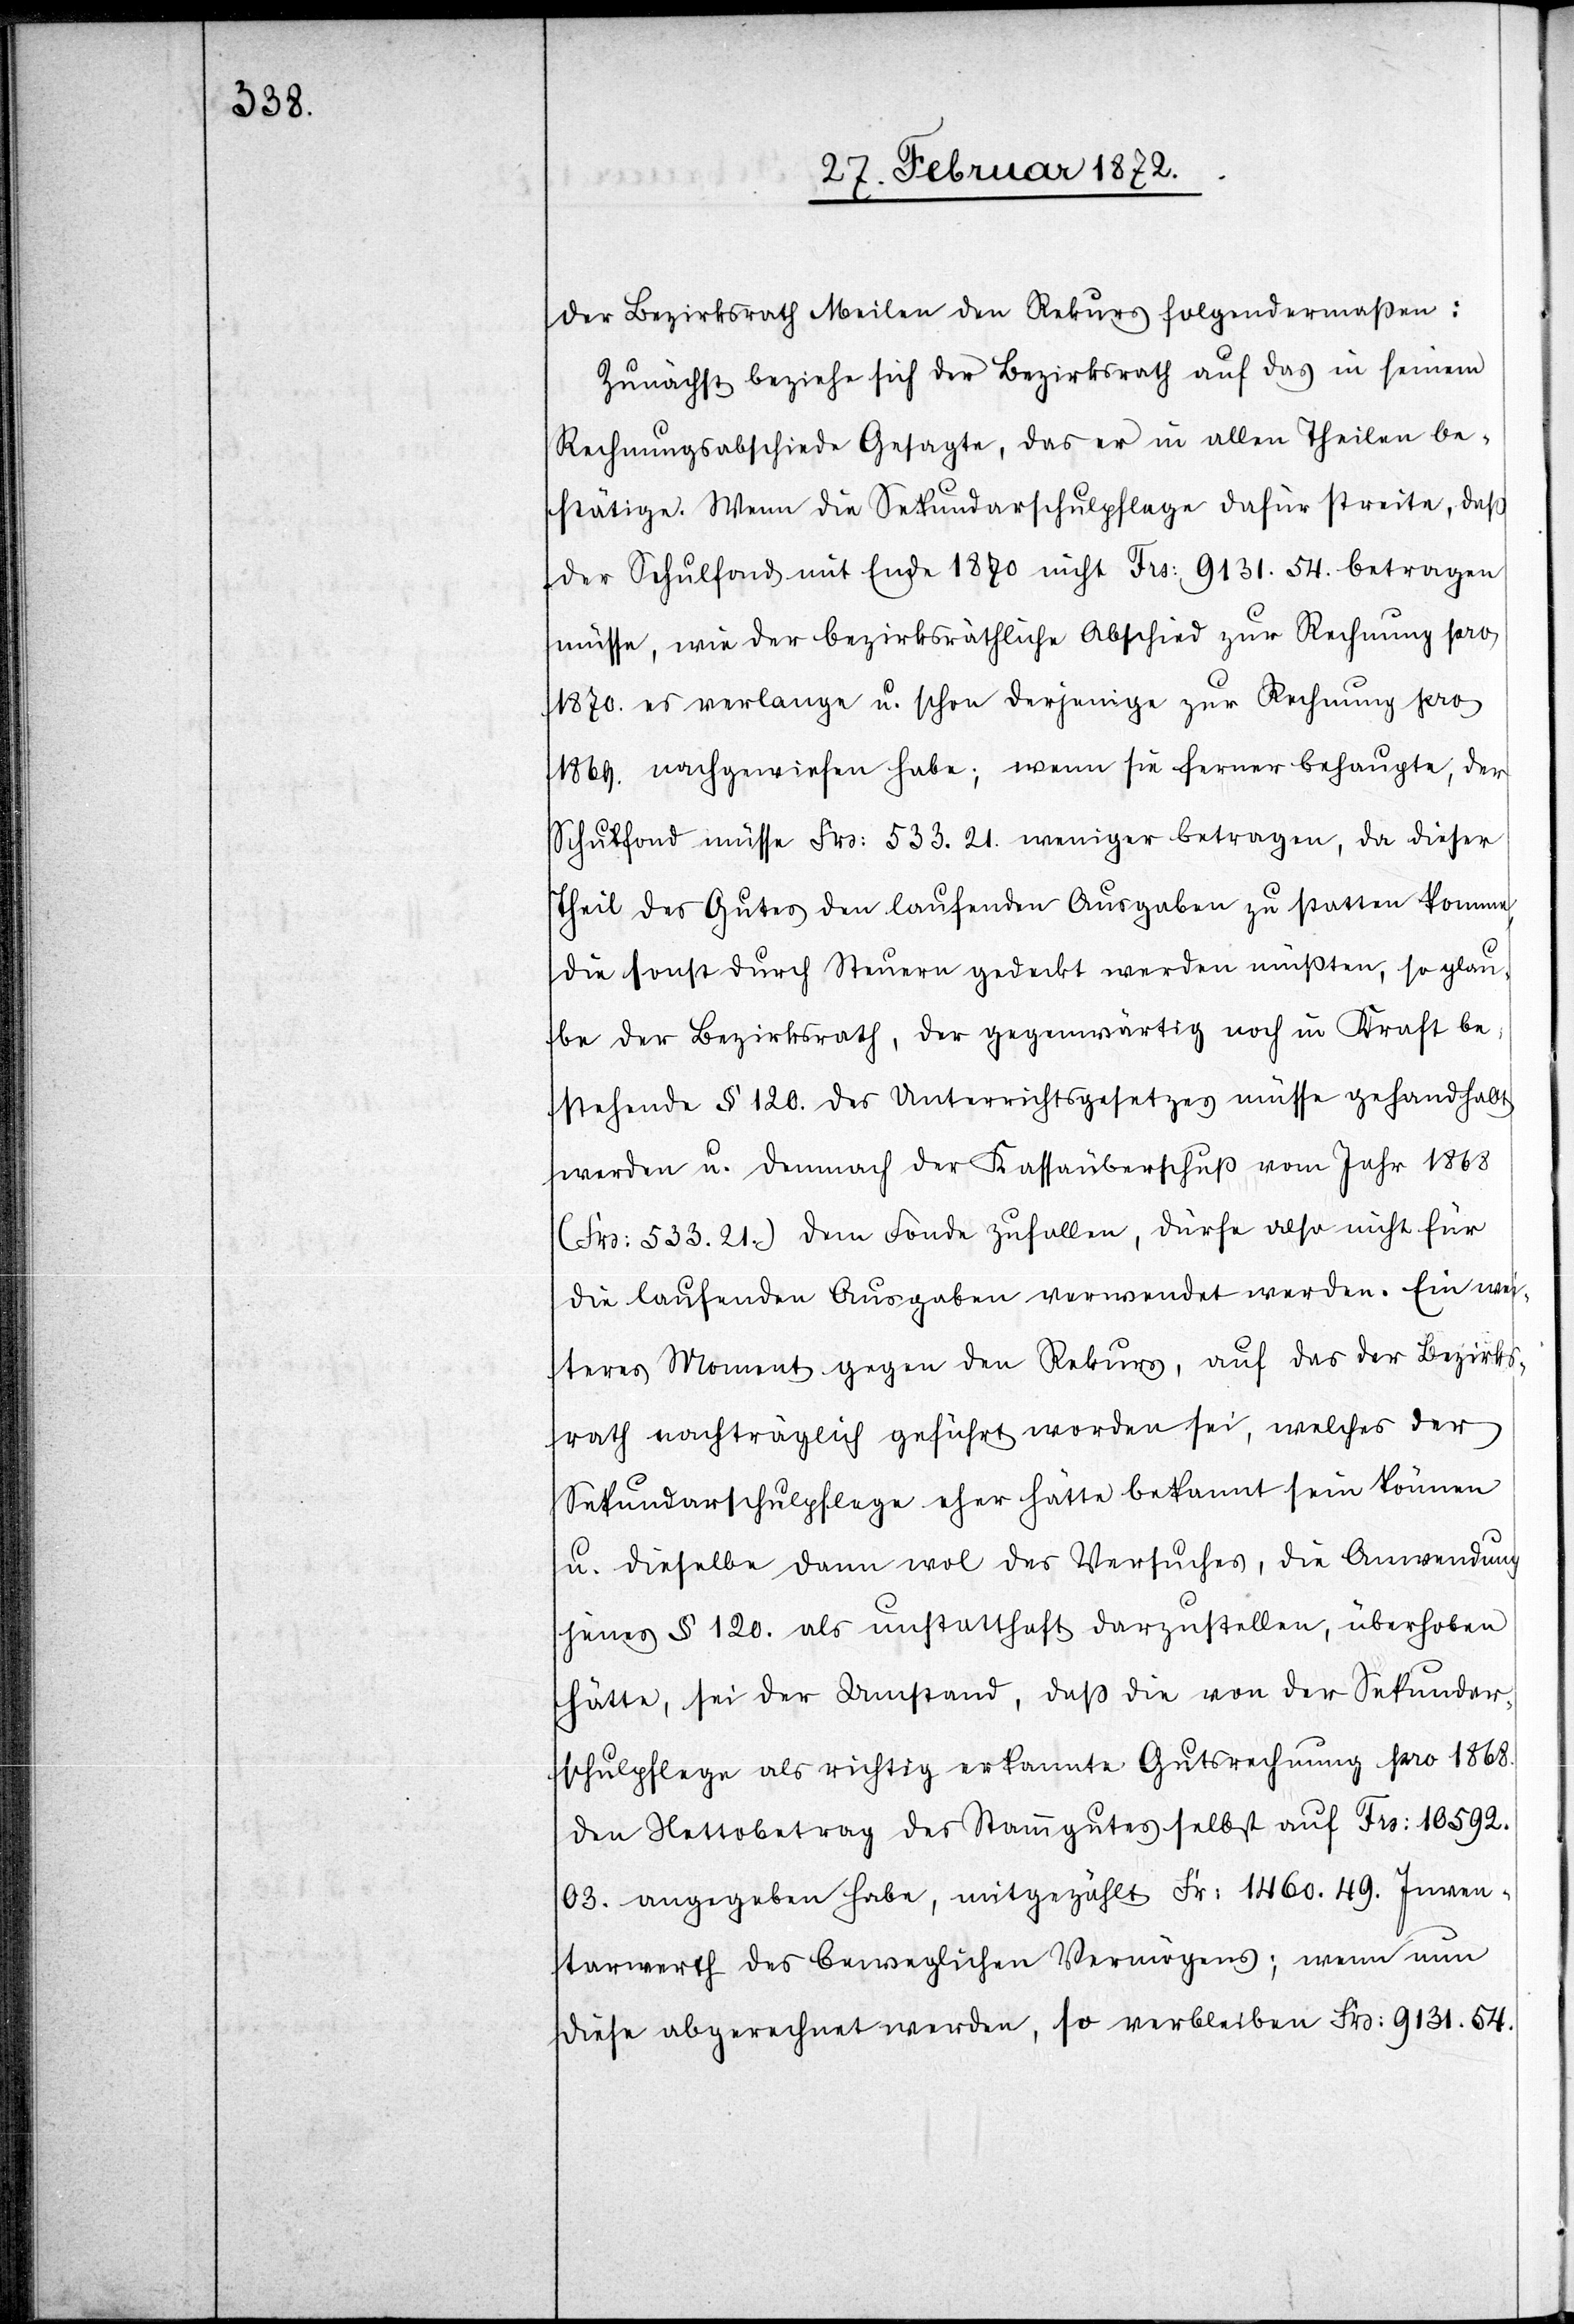
der Bezirksrath Meilen den Rekurs folgendermaßen:
Zunächst beziehe sich der Bezirksrath auf das in seinem
Rechnungsabschiede Gesagte, das er in allen Theilen be¬
stätige. Wenn die Sekundarschulpflege dafür streite, daß
der Schulfond mit Ende 1870 nicht Frs. 9131.54. betragen
müsse, wie der bezirksräthliche Abschied zur Rechnung pro
1870. es verlange u. schon derjenige zur Rechnung pro
1869. nachgewiesen habe; wenn sie ferner behaupte, der
Schulfond müsse Frs. 533.21. weniger betragen, da dieser
Theil des Gutes den laufenden Ausgaben zu statten komme,
die sonst durch Steuern gedeckt werden müßten, so glau¬
be der Bezirksrath, der gegenwärtig noch in Kraft be¬
stehende § 120. des Unterrichtsgesetzes müsse gehandhabt
werden u. demnach der Kassaüberschuß vom Jahr 1868
(Frs. 533.21.) dem Fonde zufallen, dürfe also nicht für
die laufenden Ausgaben verwendet werden. Ein wei¬
teres Moment gegen den Rekurs, auf das der Bezirks¬
rath nachträglich geführt worden sei, welches der
Sekundarschulpflege eher hätte bekannt sein können
u. dieselbe dann wol des Versuches, die Anwendung
jenes § 120. als unstatthaft dazustellen, überhoben
hätte, sei der Umstand, daß die von der Sekunda¬
schulpflege als richtig erkannte Gutsrechnung pro 1868.
den Nettobetrag des Stammgutes selbst auf Frs. 10 592.03.
angegeben habe, mitgezählt Fr. 1460.49. Inven¬
tarwerth des beweglichen Vermögens; wenn nun
diese abgerechnet werden, so verbleiben Frs. 9131.54.